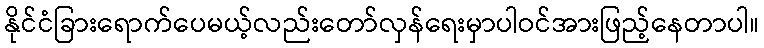
နိုင်ငံခြားရောက်ပေမယ့်လည်းတော်လှန်ရေးမှာပါဝင်အားဖြည့်နေတာပါ။